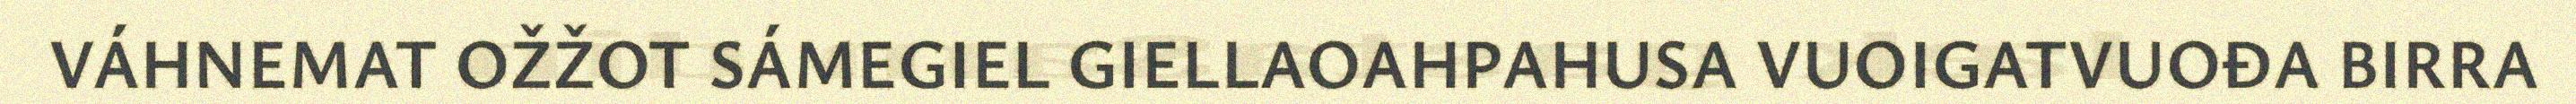
VÁHNEMAT OŽŽOT SÁMEGIEL GIELLAOAHPAHUSA VUOIGATVUOĐA BIRRA